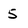
Character: 5